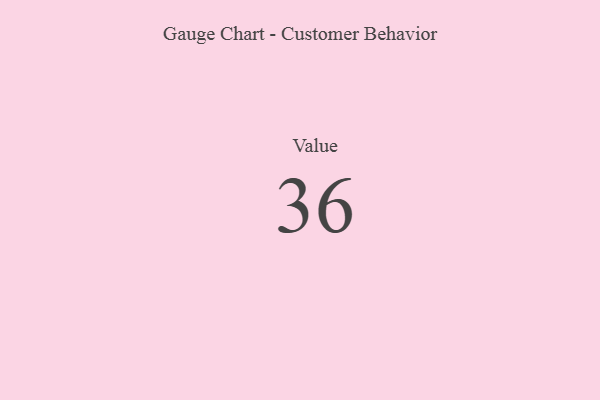
{"axis": {"x": "Metric", "y": "Value"}, "legend": [""], "data": [{"x": "Value", "y": 36, "type": ""}]}